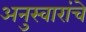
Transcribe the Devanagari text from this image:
अनुस्वारांचे